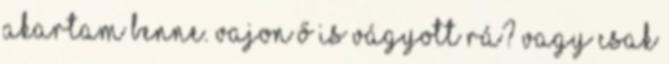
akartam benne. Vajon Ő is vágyott rá? Vagy csak